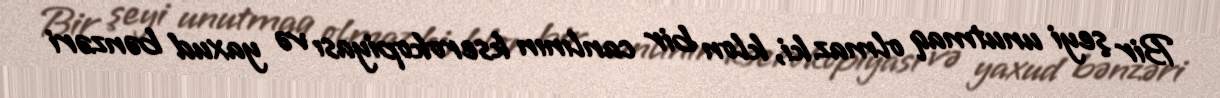
Bir şeyi unutmaq olmaz ki, klon bir canlının kserokopiyası və yaxud bənzəri